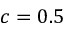
c = 0 . 5